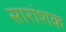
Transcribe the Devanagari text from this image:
सारांशक